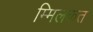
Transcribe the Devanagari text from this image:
म्मिलकत